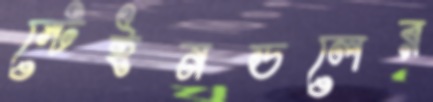
স্টেইনডলের